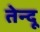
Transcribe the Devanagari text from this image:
तेन्दू